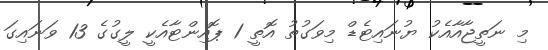
މި ނަތީޖާއާއެކު ޔުނައިޓެޑް މިވަގުތު އޮތީ 1 ޕޮއިންޓާއެކީ ލީގުގެ 13 ވަނައިގަ